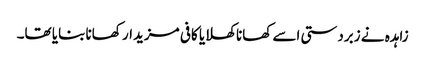
زاہدہ نے زبردستی اسے کھانا کھلایا کافی مزیدار کھانا بنایا تھا۔